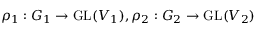
\rho _ { 1 } : G _ { 1 } \to { \mathrm { G L } } ( V _ { 1 } ) , \rho _ { 2 } : G _ { 2 } \to { \mathrm { G L } } ( V _ { 2 } )